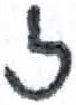
אות: ז